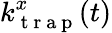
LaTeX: k_{\mathrm{~t~r~a~p~}}^{x}(t)